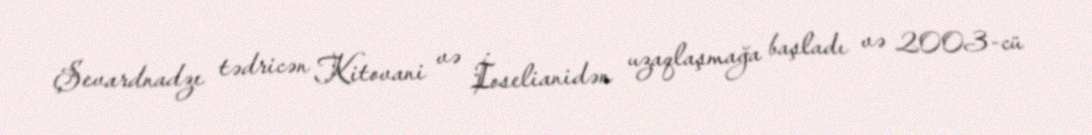
Şevardnadze tədricən Kitovani və İoselianidən uzaqlaşmağa başladı və 2003-cü